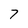
Character: 7